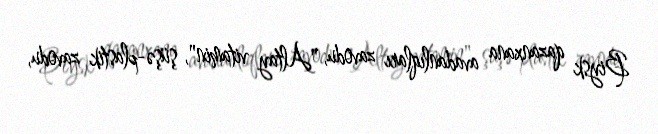
Biysk qazanxana avadanlıqları zavodu, "Altay vitamin", şüşə-plastik zavodu,